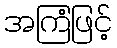
အကြံဖြင့်